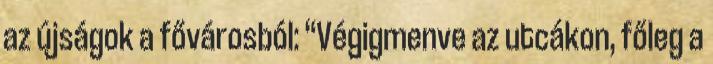
az újságok a fővárosból: “Végigmenve az utcákon, főleg a